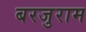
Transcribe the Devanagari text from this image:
बरजुराम